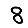
Digit: 8